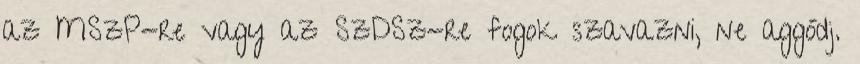
az MSzP-re vagy az SzDSz-re fogok szavazni, ne aggódj.